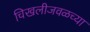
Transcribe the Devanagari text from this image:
चिखलीजवळच्या